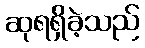
ဆုရရှိခဲ့သည်